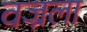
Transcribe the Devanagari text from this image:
वज्रला